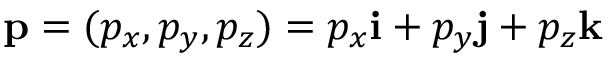
\mathbf { p } = ( p _ { x } , p _ { y } , p _ { z } ) = p _ { x } \mathbf { i } + p _ { y } \mathbf { j } + p _ { z } \mathbf { k }